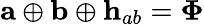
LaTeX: {\mathbf a}\oplus{\mathbf b}\oplus{\mathbf h}_{ab}={\mathbf\Phi}